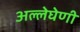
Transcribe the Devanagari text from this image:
अल्लेघेणी